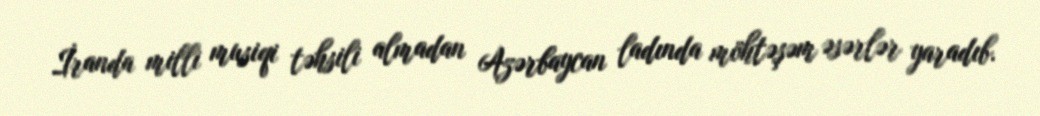
İranda milli musiqi təhsili almadan Azərbaycan ladında möhtəşəm əsərlər yaradıb.